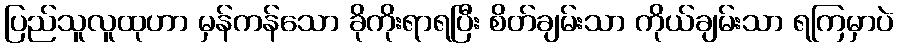
ပြည်သူလူထုဟာ မှန်ကန်သော ခိုကိုးရာရပြီး စိတ်ချမ်းသာ ကိုယ်ချမ်းသာ ရကြမှာပဲ